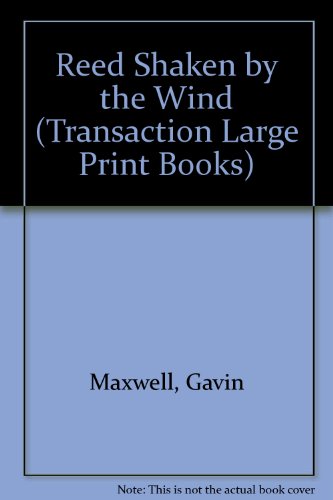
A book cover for A Reed Shaken by the Wind: A Journey Through the Unexplored Marshlands of Iraq (Transaction Large Print Books); Gavin Maxwell; Travel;